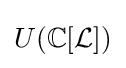
U(\mathbb {C} [{\mathcal {L}}])